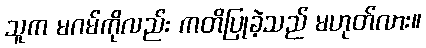
သူက မဂမ်ကိုလည်း ကတိပြုခဲ့သည် မဟုတ်လား။